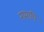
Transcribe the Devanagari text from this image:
नामापि